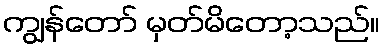
ကျွန်တော် မှတ်မိတော့သည်။